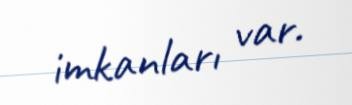
imkanları var.